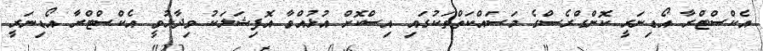
އެކްސްޓްރާ އޯޑިނަރީ ކޮންގްރެސްގެ މަސައްކަތްތަކުގައި އިސްކޮށް އުޅުއްވާ އޮފިޝަލަކު ވިދާޅުވީ އެކްސްޓްރާ އޯޑިނަރީ